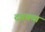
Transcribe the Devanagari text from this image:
दबक्या